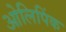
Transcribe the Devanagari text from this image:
ओलिपिंक